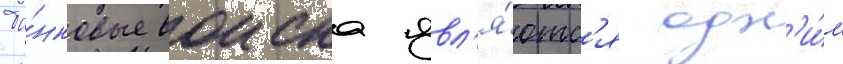
Та́нковые воиска явл'я́ютс'я одн'и́м